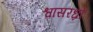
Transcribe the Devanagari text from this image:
श्वासरध्राें